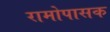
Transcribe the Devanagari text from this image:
रामोपासक